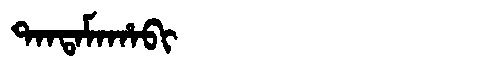
Manchu: ᡨᠠᠨᡨᠠᠮᠠᡥᠠᠪᡳ
Romanization: TANTAMAHABI